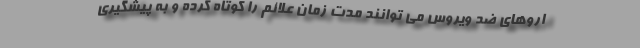
اروهای ضد ویروس می توانند مدت زمان علائم را کوتاه کرده و به پیشگیری